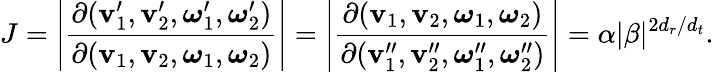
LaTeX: J=\left|\frac{\partial(\mathbf{v}_{1}^{\prime},\mathbf{v}_{2}^{\prime},\boldsymbol{\omega}_{1}^{\prime},\boldsymbol{\omega}_{2}^{\prime})}{\partial(\mathbf{v}_{1},\mathbf{v}_{2},\boldsymbol{\omega}_{1},\boldsymbol{\omega}_{2})}\right|=\left|\frac{\partial(\mathbf{v}_{1},\mathbf{v}_{2},\boldsymbol{\omega}_{1},\boldsymbol{\omega}_{2})}{\partial(\mathbf{v}_{1}^{\prime\prime},\mathbf{v}_{2}^{\prime\prime},\boldsymbol{\omega}_{1}^{\prime\prime},\boldsymbol{\omega}_{2}^{\prime\prime})}\right|=\alpha|\beta|^{2{d_{r}}/{d_{t}}}.